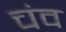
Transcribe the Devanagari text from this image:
चंव